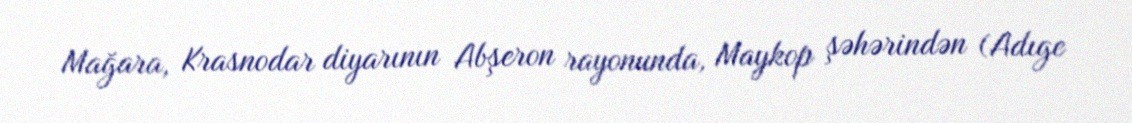
Mağara, Krasnodar diyarının Abşeron rayonunda, Maykop şəhərindən (Adıge